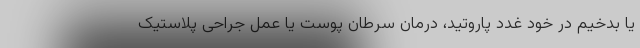
یا بدخیم در خود غدد پاروتید، درمان سرطان پوست یا عمل جراحی پلاستیک